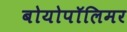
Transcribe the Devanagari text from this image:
बोयोपॉलिमर